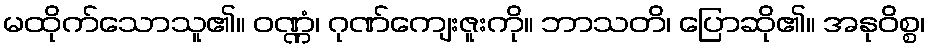
မထိုက်သောသူ၏။ ဝဏ္ဏံ၊ ဂုဏ်ကျေးဇူးကို။ ဘာသတိ၊ ပြောဆို၏။ အနုဝိစ္စ၊